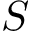
S